Punjab Mental Hospital Lahore 1922-31 - 1922-1931
Year: 1922
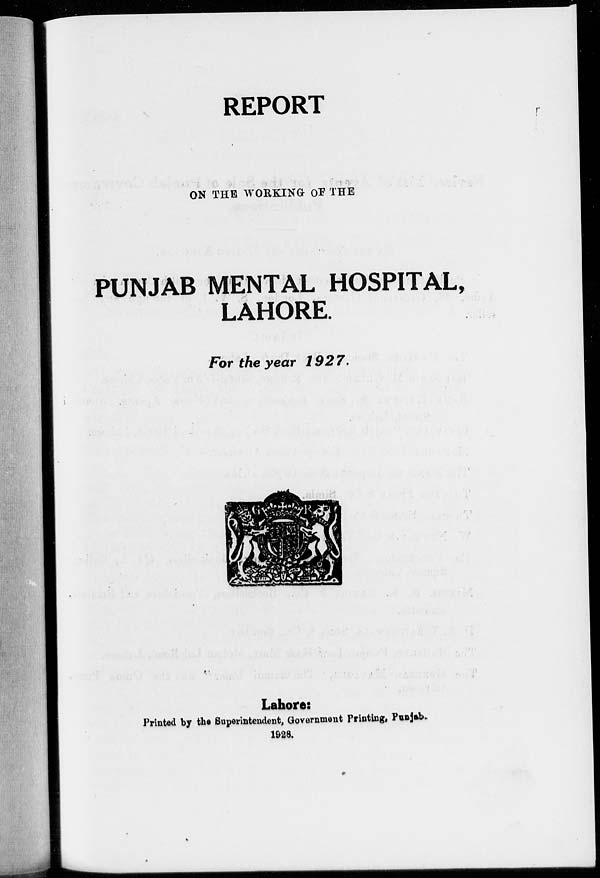
REPORT
ON THE WORKING OF THE
PUNJAB MENTAL HOSPITAL,
LAHORE.
For the year 1927.
Lahore:
Printed by the Superintendent, Government Printing, Punjab.
1928.